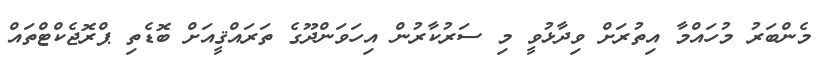
މެންބަރު މުހައްމާ އިތުރަށް ވިދާޅުވީ މި ސަރުކާރުން އިހަވަންދޫގެ ތަރައްޤީއަށް ބޮޑެތި ޕްރޮޖެކްޓްތައް